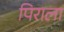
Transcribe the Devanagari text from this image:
पिराला